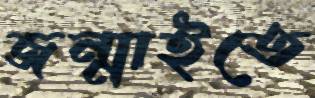
জন্মাইতে